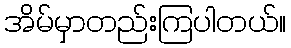
အိမ်မှာတည်းကြပါတယ်။